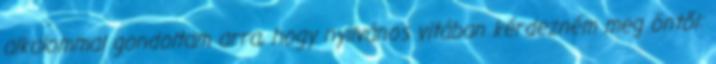
alkalommal gondoltam arra, hogy nyilvános vitában kérdezném meg öntől: